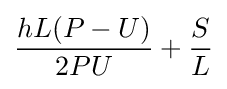
{\frac {hL(P-U)}{2PU}}+{\frac {S}{L}}